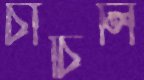
চাঁচিলি